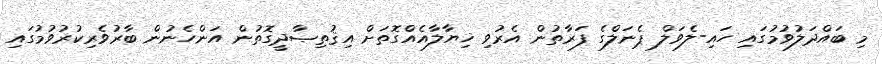
މި ބައްދަލުވުމުގައި ހައި-ލެވަލް ޕެނަލްގެ ފަރާތުން އެރުވި ޚިޔާލާއެއްގޮތަށް އިޤުތިޞާދީގޮތުން އަންހެނުން ބާރުވެރިކުރުވުމުގައި